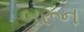
બરૂન